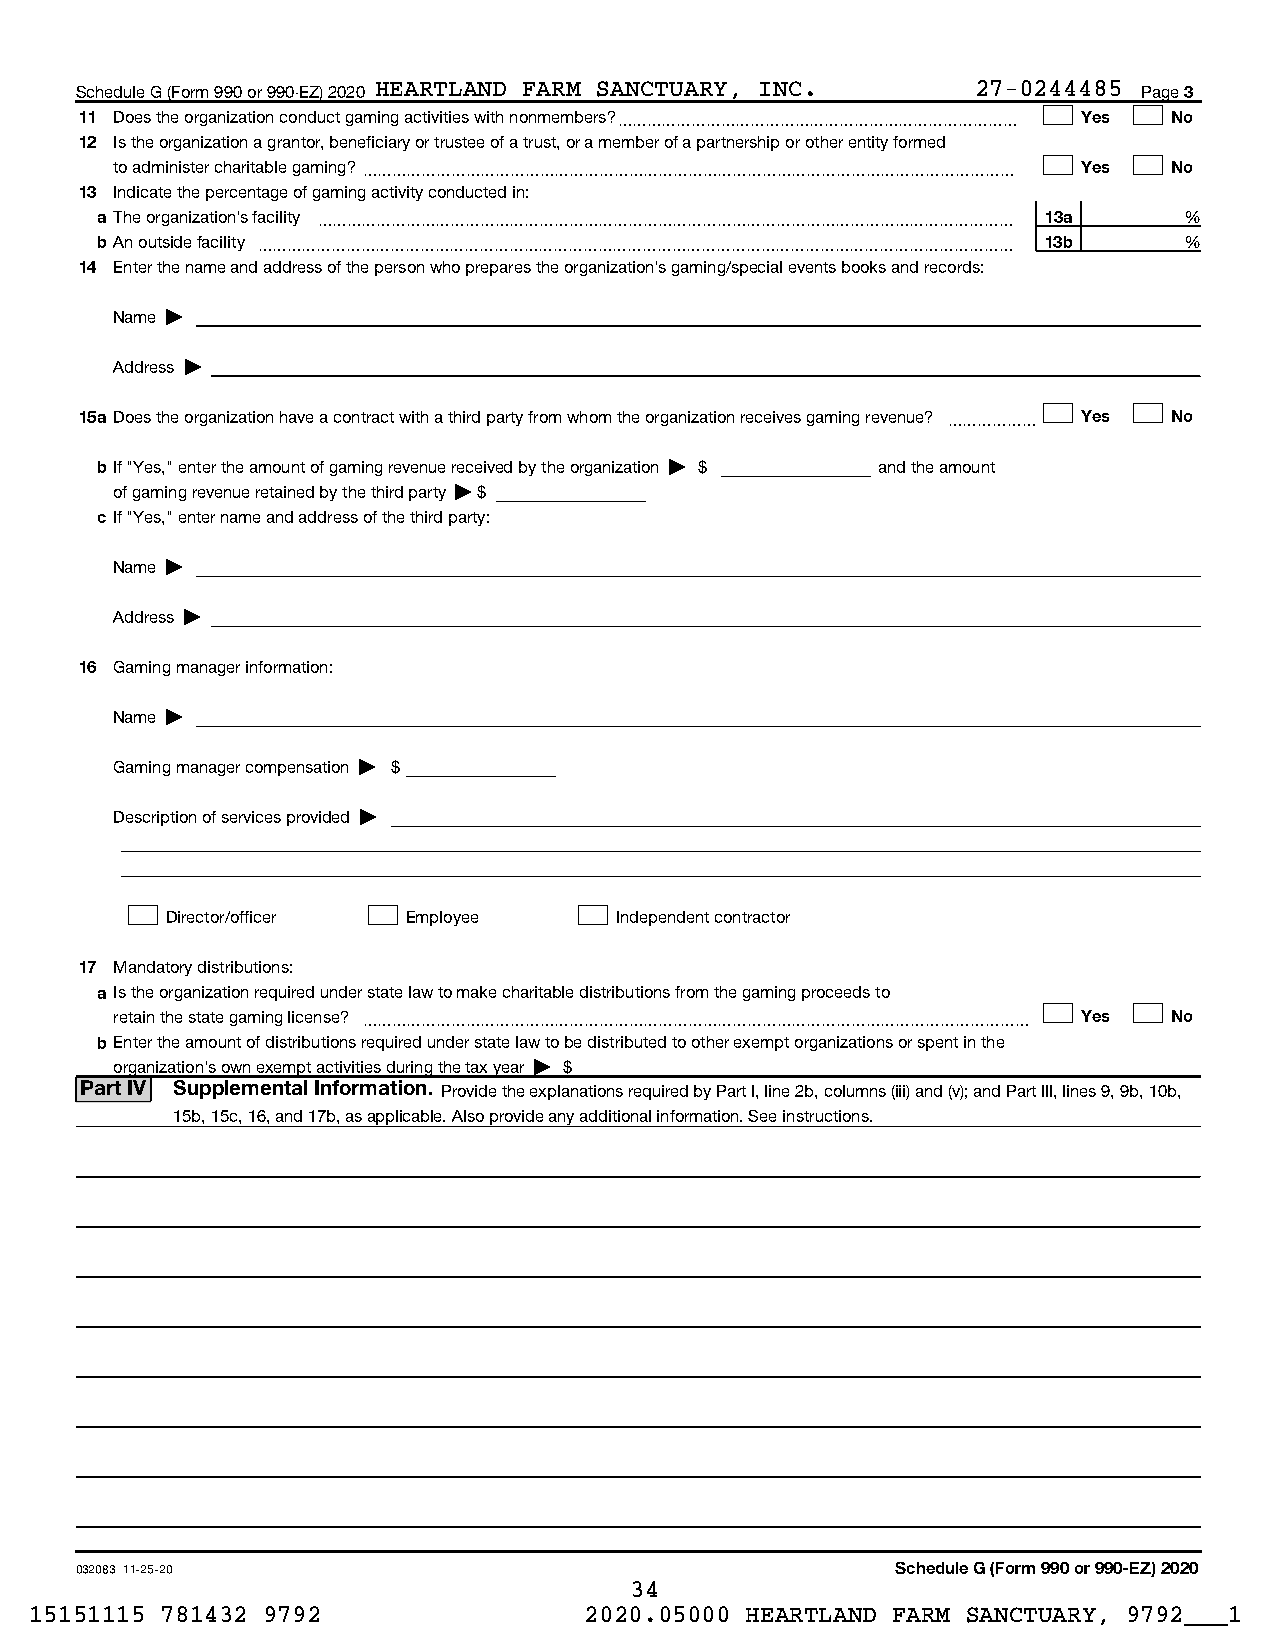
Schedule G (Form 990 or 990-EZ) 2020 HEARTLAND FARM SANCTUARY, INC. 27-0244485 Page 3
 11 Does the organization conduct gaming activities with nonmembers?~~~~~~~~~~~~~~~~~~~~~~~~~~~ Yes No
 12 Is the organization a grantor, beneficiary or trustee of a trust, or a member of a partnership or other entity formed
 to administer charitable gaming?~~~~~~~~~~~~~~~~~~~~~~~~~~~~~~~~~~~~~~~~~~~~ Yes No
 13 Indicate the percentage of gaming activity conducted in:
 a The organization's facility ~~~~~~~~~~~~~~~~~~~~~~~~~~~~~~~~~~~~~~~~~~~~~~~ 13a %
 bAn outside facility ~~~~~~~~~~~~~~~~~~~~~~~~~~~~~~~~~~~~~~~~~~~~~~~~~~~ 13b %
 14 Enter the name and address of the person who prepares the organization's gaming/special events books and records:
 Name |
 Address |
 15a Does the organization have a contract with a third party from whom the organization receives gaming revenue? ~~~~~~ Yes No
 bIf "Yes," enter the amount of gaming revenue received by the organization | $ and the amount
 of gaming revenue retained by the third party | $
 c If "Yes," enter name and address of the third party:
 Name |
 Address |
 16 Gaming manager information:
 Name |
 Gaming manager compensation | $
 Description of services provided |
 Director/officer Employee     Independent contractor
 17 Mandatory distributions:
 a Is the organization required under state law to make charitable distributions from the gaming proceeds to
 retain the state gaming license? ~~~~~~~~~~~~~~~~~~~~~~~~~~~~~~~~~~~~~~~~~~~~~ Yes No
 bEnter the amount of distributions required under state law to be distributed to other exempt organizations or spent in the
 organization's own exempt activities during the tax year | $
 Part IV Supplemental Information. Provide the explanations required by Part I, line 2b, columns (iii) and (v); and Part III, lines 9, 9b, 10b,
 15b, 15c, 16, and 17b, as applicable. Also provide any additional information. See instructions.
 032083 11-25-20                                       Schedule G (Form 990 or 990-EZ) 2020
 34
 15151115 781432 9792                 2020.05000 HEARTLAND FARM SANCTUARY, 9792___1